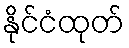
နိုင်ငံထုတ်